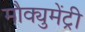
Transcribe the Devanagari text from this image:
मौक्युमेंट्री